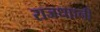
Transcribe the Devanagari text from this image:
राजधाानी